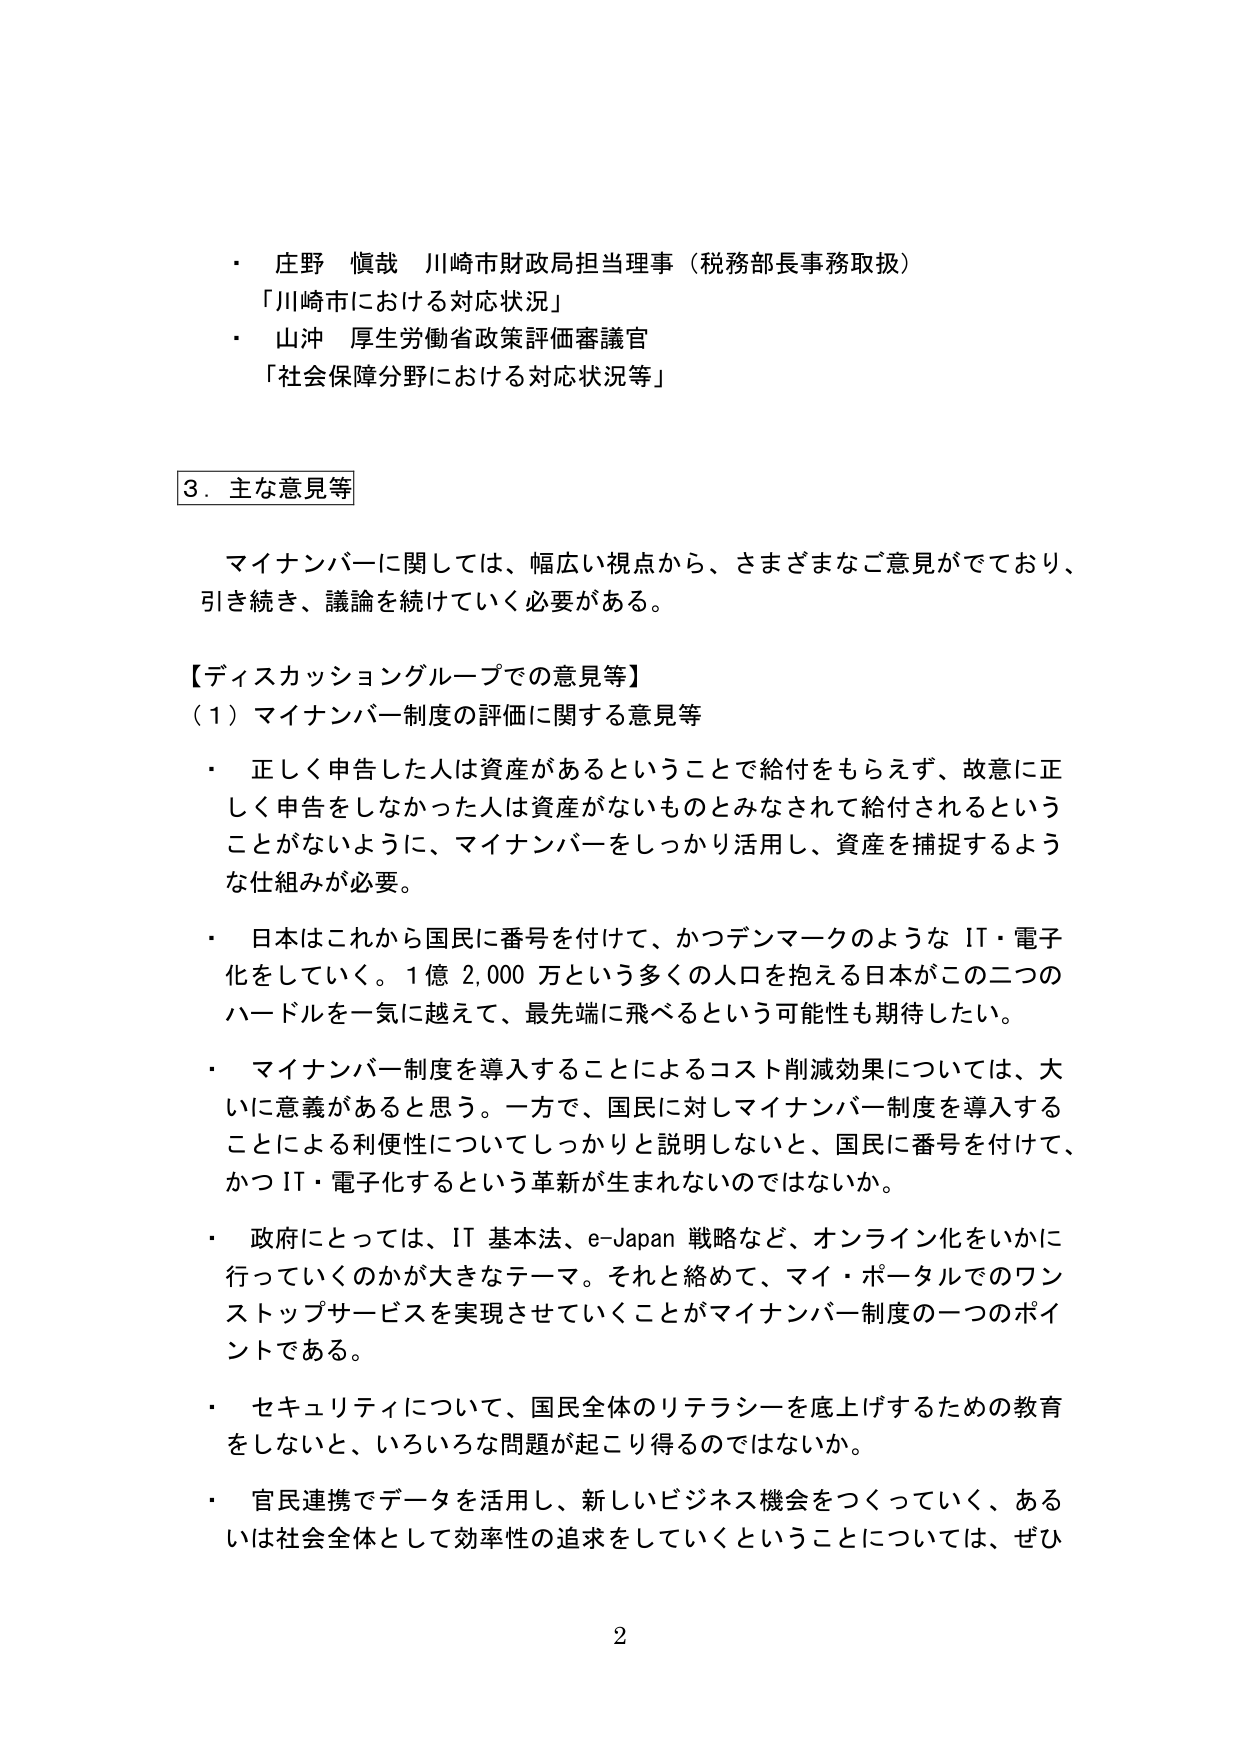
・ 庄野 慎哉 川崎市財政局担当理事（税務部長事務取扱）
「川崎市における対応状況」
・ 山沖 厚生労働省政策評価審議官
「社会保障分野における対応状況等」

3．主な意見等

マイナンバーに関しては、幅広い視点から、さまざまなご意見がでており、
引き続き、議論を続けていく必要がある。

【ディスカッショングループでの意見等】
（1）マイナンバー制度の評価に関する意見等

・ 正しく申告した人は資産があるということで給付をもらえず、故意に正しく申告をしなかった人は資産がないものとみなされて給付されるということがないように、マイナンバーをしっかり活用し、資産を捕捉するような仕組みが必要。

・ 日本はこれから国民に番号を付けて、かつデンマークのような IT・電子化をしていく。1億2,000万という多くの人口を抱える日本がこの二つのハードルを一気に越えて、最先端に飛べるという可能性も期待したい。

・ マイナンバー制度を導入することによるコスト削減効果については、大いに意義があると思う。一方で、国民に対しマイナンバー制度を導入することによる利便性についてしっかり説明しないと、国民に番号を付けて、かつIT・電子化するという革新が生まれないのではないか。

・ 政府にとっては、IT基本法、e-Japan戦略など、オンライン化をいかに行っていくのかが大きなテーマ。それと絡めて、マイ・ポータルでのワンストップサービスを実現させていくことがマイナンバー制度の一つのポイントである。

・ セキュリティについて、国民全体のリテラシーを底上げするための教育をしないと、いろいろな問題が起こり得るのではないか。

・ 官民連携でデータを活用し、新しいビジネス機会をつくっていく、あるいは社会全体として効率性の追求をしていくということについては、ぜひ

2